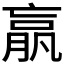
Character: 𣎆